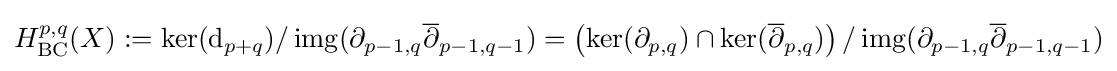
H_{\mathrm {BC} }^{p,q}(X):=\ker(\mathrm {d} _{p+q})/\operatorname {img} (\partial _{p-1,q}{\overline {\partial }}_{p-1,q-1})=\left(\ker(\partial _{p,q})\cap \ker({\overline {\partial }}_{p,q})\right)/\operatorname {img} (\partial _{p-1,q}{\overline {\partial }}_{p-1,q-1})